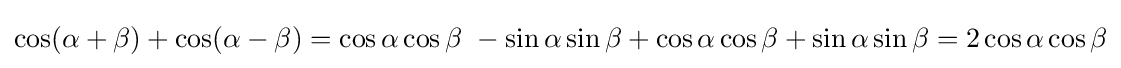
\cos(\alpha +\beta )+\cos(\alpha -\beta )=\cos \alpha \cos \beta \ -\sin \alpha \sin \beta +\cos \alpha \cos \beta +\sin \alpha \sin \beta =2\cos \alpha \cos \beta